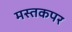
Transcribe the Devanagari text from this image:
मस्तकपर